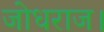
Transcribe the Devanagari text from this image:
जोधराज।